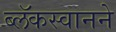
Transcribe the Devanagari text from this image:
ब्लॅकस्वानने